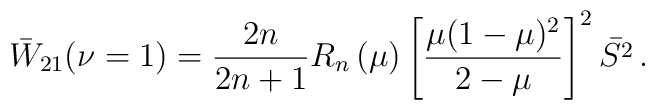
\bar{W}_{21}(\nu =1)=\frac{2n}{2n+1}R_{n}\left( \mu \right) \left[ \frac{\mu(1-\mu )^{2}}{2-\mu }\right] ^{2}\bar{S^{2}}\,.